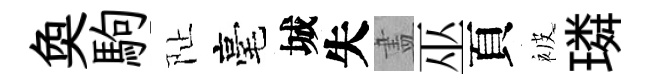
奐駒阯毫城失𥁞巫頁被璘